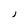
Character: J